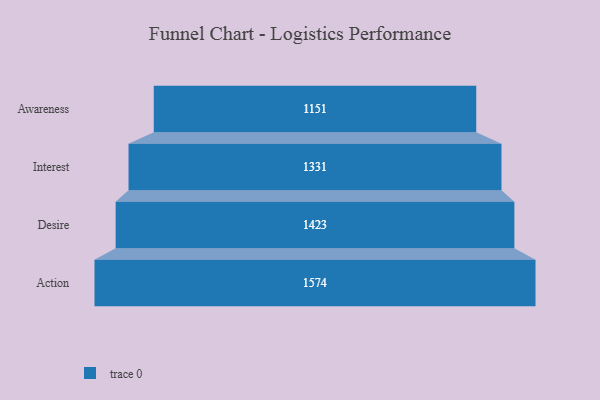
{"axis": {"x": "Stage", "y": "Value"}, "legend": [""], "data": [{"x": "Awareness", "y": 1151.0, "type": ""}, {"x": "Interest", "y": 1331.0, "type": ""}, {"x": "Desire", "y": 1423.0, "type": ""}, {"x": "Action", "y": 1574.0, "type": ""}]}